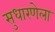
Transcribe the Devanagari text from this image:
सुधारणेला